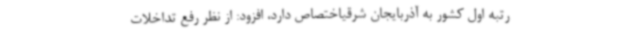
رتبه اول کشور به آذربایجان شرقیاختصاص دارد، افزود: از نظر رفع تداخلات